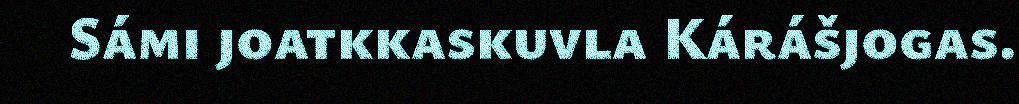
Sámi joatkkaskuvla Kárášjogas.